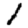
Digit: 1